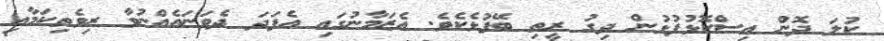
ކުލަ ދޮން އިސްކޮޅުފުޅުން ދިގު ރީތި ބޭފުޅެކެވެ. އެޒަމާނުގައި އެފަދަ ދެވަނައެއްނުވާ ރިވެތިކަމާއި